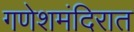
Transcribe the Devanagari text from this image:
गणेशमंदिरात